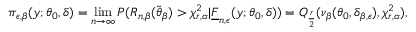
\pi _ { \boldsymbol { \epsilon , } \beta } ( \boldsymbol { y } ; \boldsymbol { \theta } _ { 0 } , \boldsymbol { \delta } ) = \operatorname* { l i m } _ { n \rightarrow \infty } P ( R _ { n , \beta } ( \widetilde { \boldsymbol { \theta } } _ { \beta } ) > \chi _ { r , \alpha } ^ { 2 } | \underline { { F } } _ { \boldsymbol { n , \epsilon } } ( \boldsymbol { y } ; \boldsymbol { \theta } _ { 0 } , \boldsymbol { \delta } ) ) = Q _ { \frac { r } { 2 } } ( \nu _ { \beta } ( \boldsymbol { \theta } _ { 0 } , \boldsymbol { \delta } _ { \beta , \epsilon } ) , \chi _ { r , \alpha } ^ { 2 } ) ,